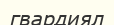
гвардиял